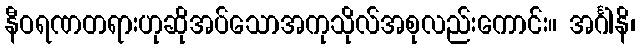
နီဝရဏတရားဟုဆိုအပ်သောအကုသိုလ်အစုလည်းကောင်း။ အင်္ဂါနိ၊